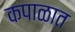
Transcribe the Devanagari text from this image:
कपाळात